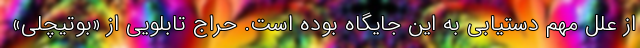
از علل مهم دستیابی به این جایگاه بوده است. حراج تابلویی از «بوتیچلی»